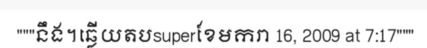
"""នឹង។ឆ្លើយតបsuperខែមករា 16, 2009 at 7:17"""